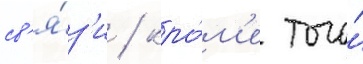
св'я́з'и / кро́м'е того́